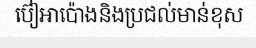
ប៊ៀអាប៉ោងនិងប្រជល់មាន់ខុស